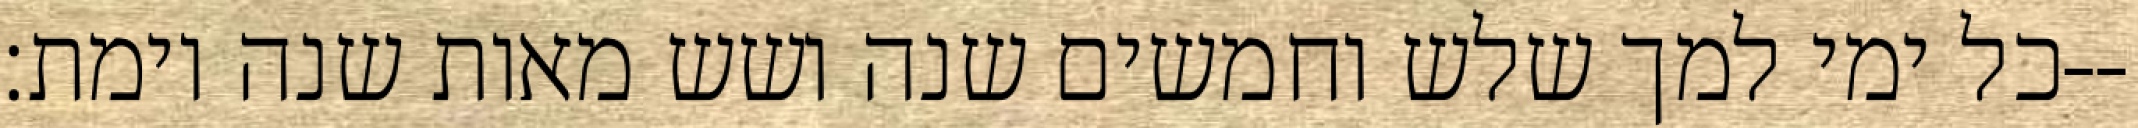
כל ימי למך שלש וחמשים שנה ושש מאות שנה וימת׃--